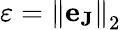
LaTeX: \varepsilon={\| \mathbf{e}_{\mathbf{J}}\| }_{2}